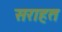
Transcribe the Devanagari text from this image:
सराहत